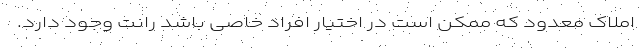
املاک معدود که ممکن است در اختیار افراد خاصی باشد رانت وجود دارد.